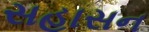
સહાસન